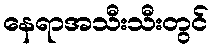
နေရာအသီးသီးတွင်